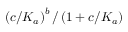
\left( c / K _ { a } \right) ^ { b } / \left( 1 + c / K _ { a } \right)